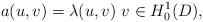
LaTeX: \begin{align*}a(u,v)=\lambda(u,v)~v\in H^1_0(D),\end{align*}